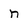
Character: n